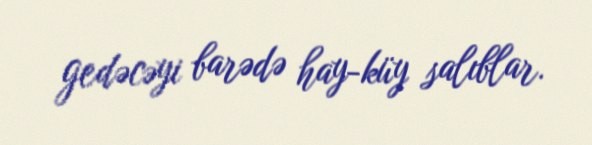
gedəcəyi barədə hay-küy salıblar.